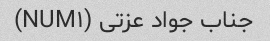
جناب جواد عزتی (NUM۱)